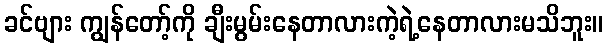
ခင်ဗျား ကျွန်တော့်ကို ချီးမွမ်းနေတာလားကဲ့ရဲ့နေတာလားမသိဘူး။